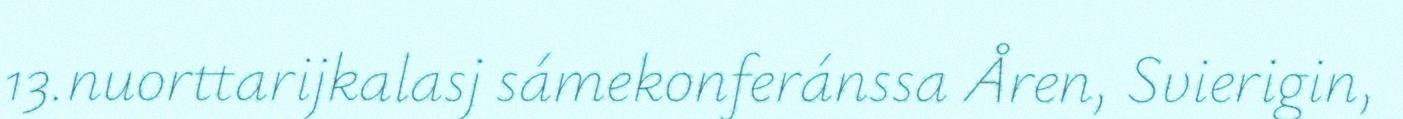
13.nuorttarijkalasj sámekonferánssa Åren, Svierigin,